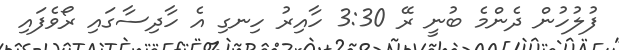
ފުލުހުން ދެންމެ ބުނީ ރޭ 3:30 ހާއިރު ހިނގި އެ ހާދިސާގައި ރޯވެފައި